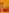
سال